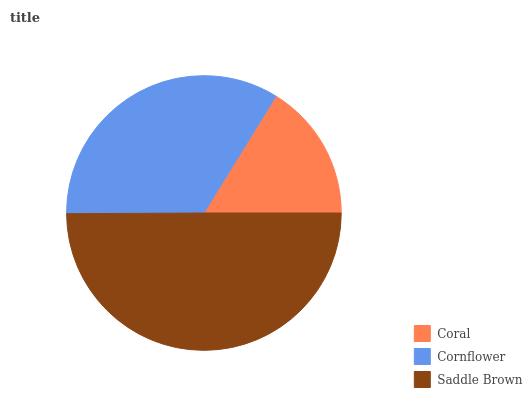
| Coral | Cornflower | Saddle Brown |
 | --- | --- | --- |
 | 16.2% | 33.9% | 49.9% |